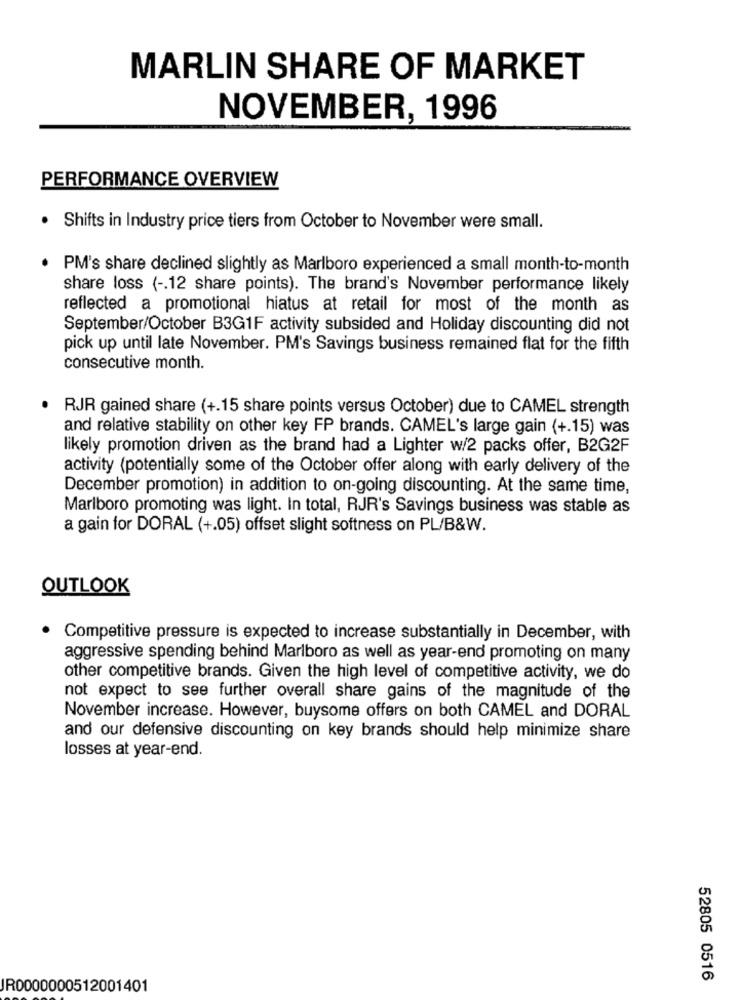
MARLIN SHARE OF MARKET
NOVEMBER, 1996
PERFORMANCE OVERVIEW
· Shifts in Industry price tiers from October to November were small.
PM's share declined slightly as Marlboro experienced a small month-to-month
share loss ( -. 12 share points). The brand's November performance likely
reflected a promotional hiatus at retail for most of the month as
September/October B3G1F activity subsided and Holiday discounting did not
pick up until late November. PM's Savings business remained flat for the fifth
consecutive month.
RJR gained share (+.15 share points versus October) due to CAMEL strength
and relative stability on other key FP brands. CAMEL's large gain (+.15) was
likely promotion driven as the brand had a Lighter w/2 packs offer, B2G2F
activity (potentially some of the October offer along with early delivery of the
December promotion) in addition to on-going discounting. At the same time,
Marlboro promoting was light. In total, RJR's Savings business was stable as
a gain for DORAL (+.05) offset slight softness on PL/B&W.
OUTLOOK
Competitive pressure is expected to increase substantially in December, with
aggressive spending behind Marlboro as well as year-end promoting on many
other competitive brands. Given the high level of competitive activity, we do
not expect to see further overall share gains of the magnitude of the
November increase. However, buysome offers on both CAMEL and DORAL
and our defensive discounting on key brands should help minimize share
losses at year-end.
52805 0516
JR0000000512001401